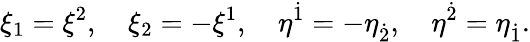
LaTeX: \xi_{1}=\xi^{2},\quad\xi_{2}=-\xi^{1},\quad\eta^{\dot{1}}=-\eta_{\dot{2}},\quad\eta^{\dot{2}}=\eta_{\dot{1}}.